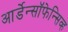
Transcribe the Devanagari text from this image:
आर्डेन्सॉफेन्सिव्ह